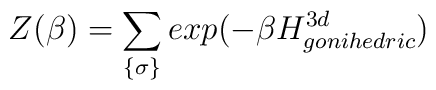
Z(\beta)=\sum_{ \{ \sigma \}} exp( - \beta H_{gonihedric}^{3d} )